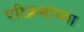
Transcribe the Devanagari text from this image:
परिक्रमांच्या